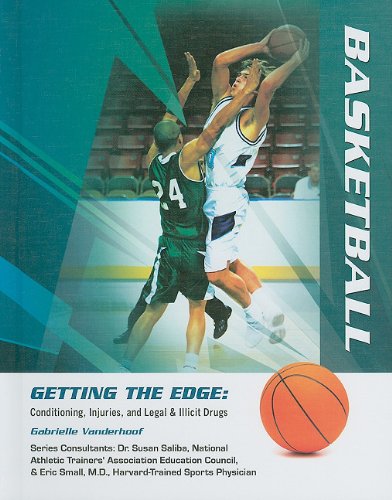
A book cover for Basketball (Getting the Edge: Conditioning, Injuries, and Legal & Illicit Drugs); Gabrielle Vanderhoof; Teen & Young Adult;